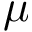
\mu